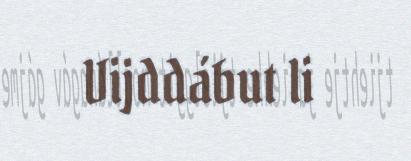
Vijddábut li